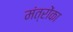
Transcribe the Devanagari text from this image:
मंत्रोंका